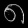
Digit: ၈